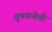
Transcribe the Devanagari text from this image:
शुषकतेची